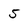
Character: 5